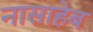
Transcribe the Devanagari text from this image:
नासाहेब